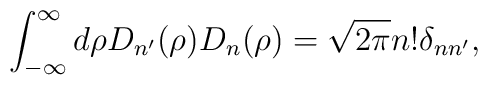
\int_{- \infty}^\infty d\rho D_{n'}(\rho) D_n(\rho) = \sqrt{2 \pi} n! \delta_{nn'},